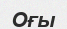
Оғы